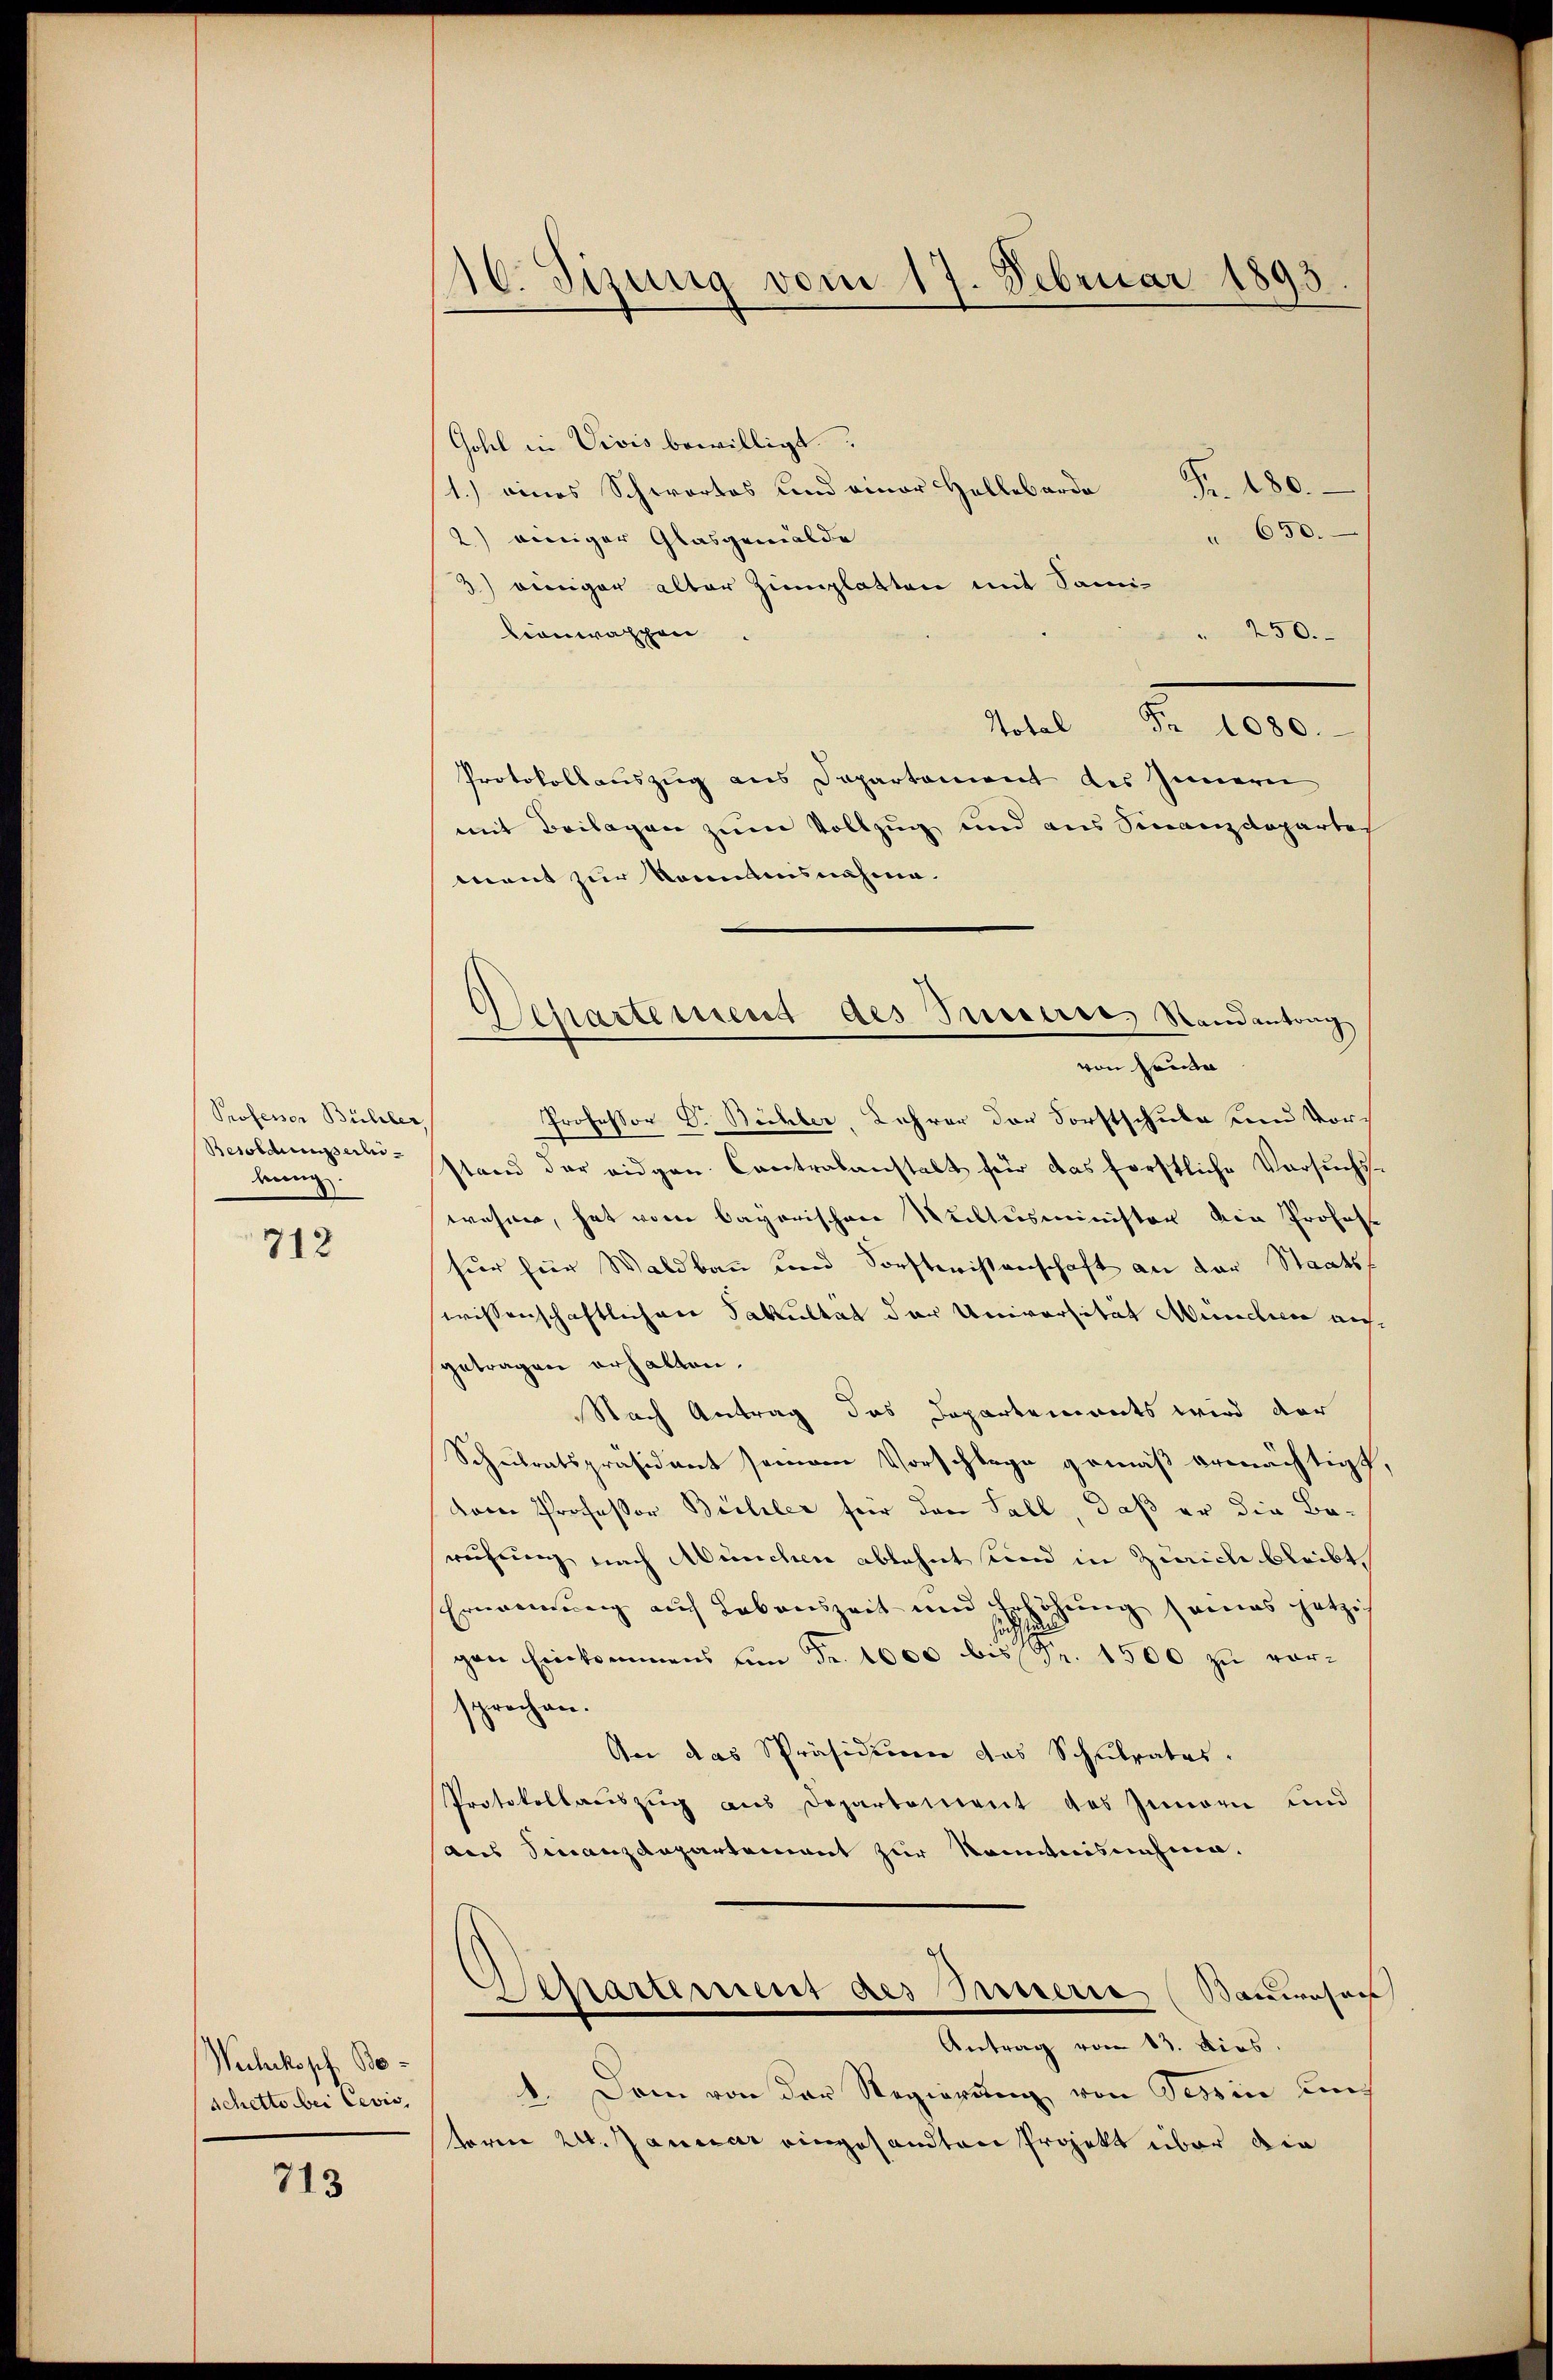
Professor Bühler,
Besoldungserlikung:

712

Wechskopf Boschetto bei Cevis

713

116. Sizung vom 17. Februar 1893.
d

Separtement des Fusserses Sandentrag
von Seide

Gohl in Vivis bewilligt.
1.) eines Schwartes und einer Hellebarde Fr. 180.
" 650.
2) einiger Glasgemälde
3) einiger alter Zuplatten mit Sami¬
250.
lionwappen
Total Fr. 1080.
Protokollauszug aus Departement des Innern
mit Beilagen zum Vollzug und aus Finanzdeparter
ment zur Kenntnisnahme.
Professor G. Bichler, Lehrer der Forstschule und Vorstand der eidgen. Contralanstalt für das forstliche Versuchs-
wohner, hat von Bayerischen Wultesministen die Profess
für für Waldbau und Sorstwissenschaft an der Staatss
wissenschaftlichen Fakultat der Universität Müncher aufgetragen erhalten.
Nach Antrag des Departements wird der
Schulratspräsident seinem Vorschlage gemäß bemächtigt.
koren Professor Briller für den Fall, daß er die Bewichung nach München ablehnt und in Zeich bleibt,
Ernennung auf Lebenszeit und Erhöhung seines jetzi
gen Einkommens um Fr. 1000 bis Sr. 1500 zu vorsprechen.
An das Präsidium das Schulrates.
Protokollaŭszŭg aŭs Departement des Innern und
aus Finanzdepartement zur Nominisnahme.
Separtement des Paterie (Sauwesen
Antrag von 13. dies
1. Dem von der Regierung von Tessin und
toren 24. Januar eingesandten Projekt über die